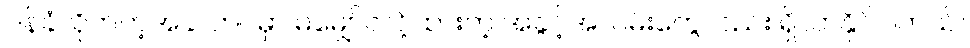
ဝန်ခံလိုက်တဲ့အခါ ဘဝမှာ မမျှော်လင့်ထားတဲ့ အခွင့်အလမ်းတွေလည်း ရှိလာနိုင်ပါတယ်။